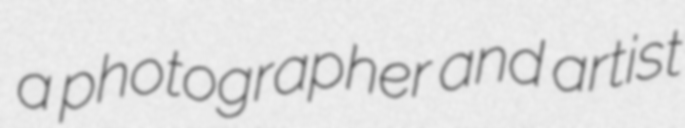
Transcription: a photographer and artist